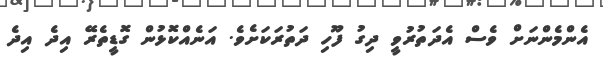
އެންމެންނަށް ވެސް އެދަތުރުވީ ދިގު ފޫހި ދަތުރަކަށެވެ. އަނެއްކޮޅުން ގޮޑީތެރޭ އިދެ އިދެ